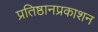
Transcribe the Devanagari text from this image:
प्रतिष्ठानप्रकाशन